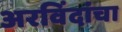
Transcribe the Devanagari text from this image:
अरविंदांचा